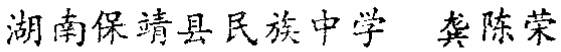
湖南保靖县民族中学 龚陈荣